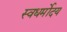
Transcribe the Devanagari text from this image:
स्वधर्मोदय